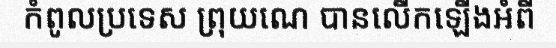
កំពូលប្រទេស ព្រុយណេ បានលើកឡើងអំពី